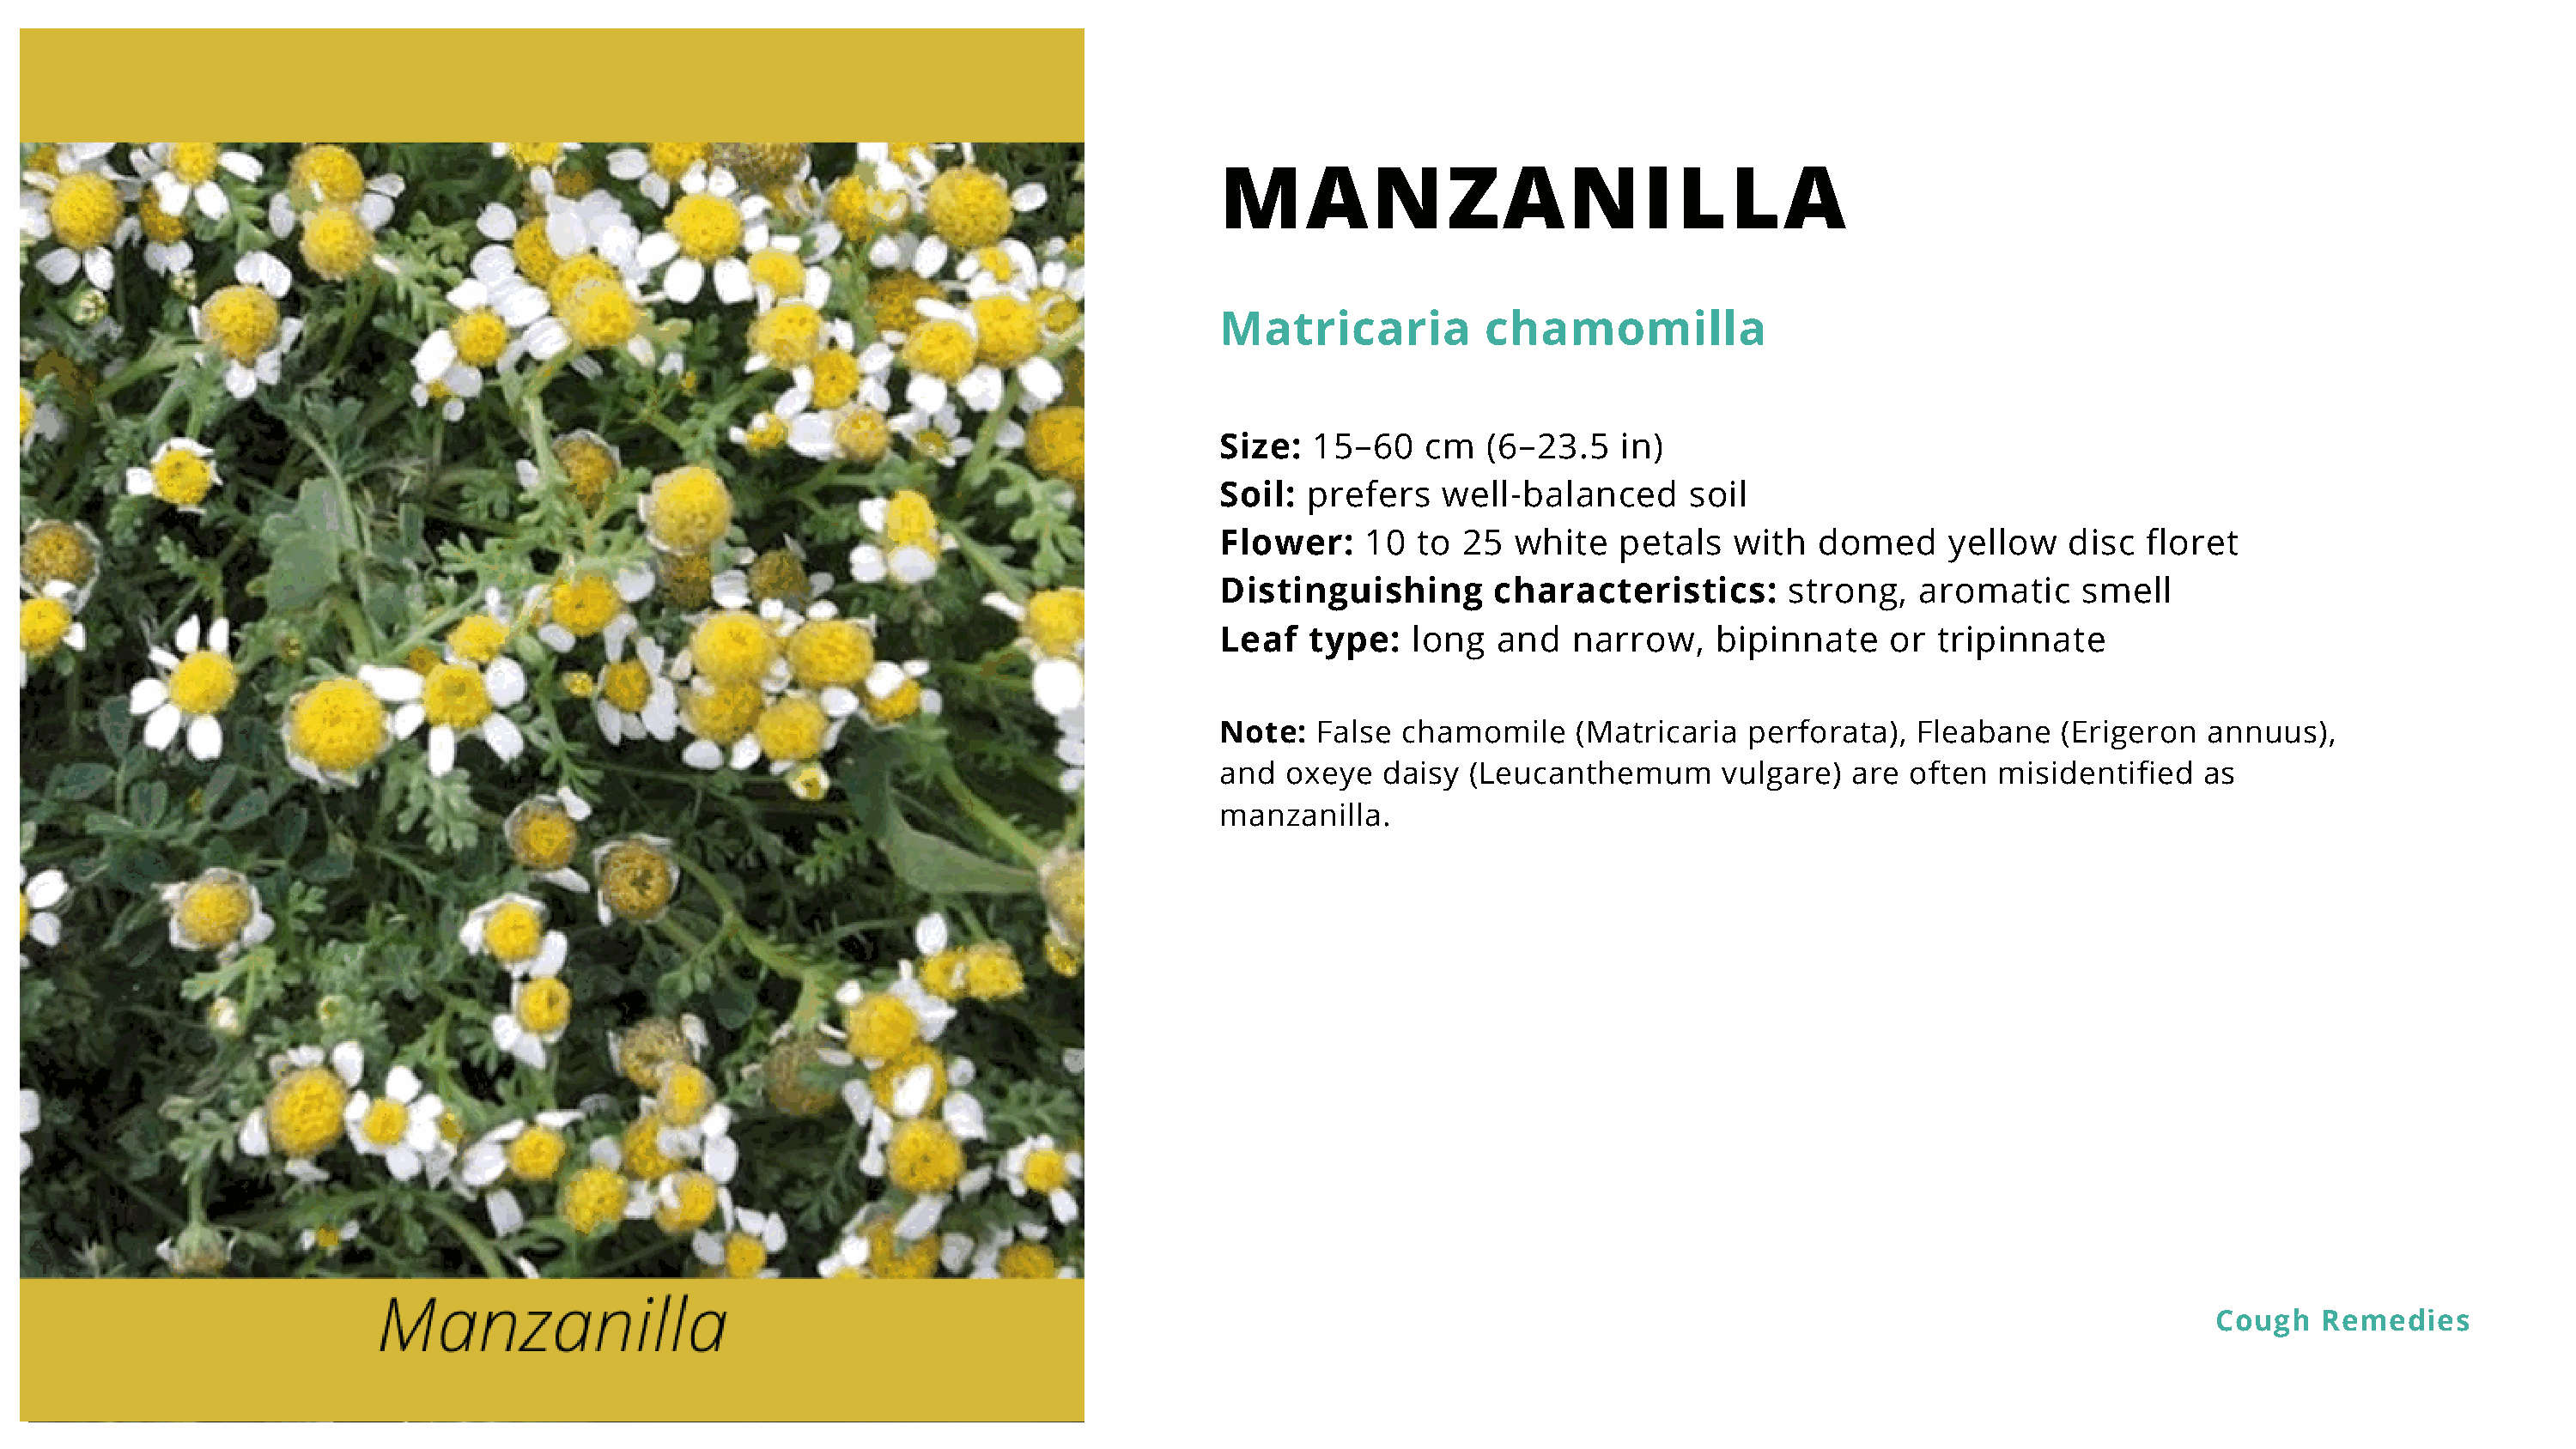
MANZANILLA
 Matricaria          chamomilla
 Size:  15–60    cm   (6–23.5   in)
 Soil:  prefers   well-balanced      soil
 Flower:    10  to  25  white   petals   with  domed     yellow   disc  floret
 Distinguishing       characteristics:       strong,   aromatic    smell
 Leaf   type:   long  and   narrow,    bipinnate     or tripinnate
 Note:  False  chamomile     (Matricaria  perforata),  Fleabane   (Erigeron  annuus),
 and  oxeye   daisy (Leucanthemum       vulgare)  are often  misidentified   as
 manzanilla.
 Cough   Remedies